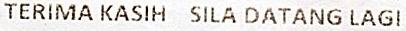
TERIMA KASIH SILA DATANG LAGI